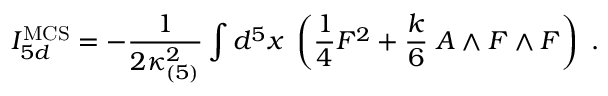
I _ { 5 d } ^ { \mathrm { M C S } } = - { \frac { 1 } { 2 \kappa _ { ( 5 ) } ^ { 2 } } } \int d ^ { 5 } x \; \left( { \frac { 1 } { 4 } } F ^ { 2 } + { \frac { k } { 6 } } \; A \wedge F \wedge F \right) \ .